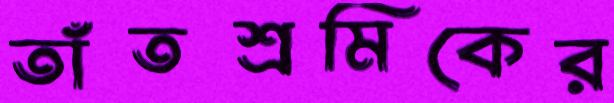
তাঁতশ্রমিকের